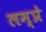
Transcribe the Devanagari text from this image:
लम्प्रे